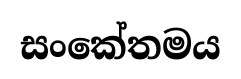
සංකේතමය